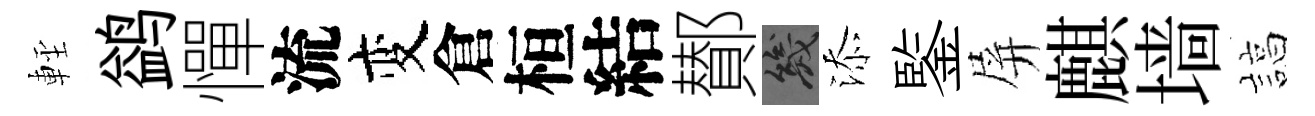
䡖鹢憚流变倉桓結鄼幾添鍳屏麒墙諄